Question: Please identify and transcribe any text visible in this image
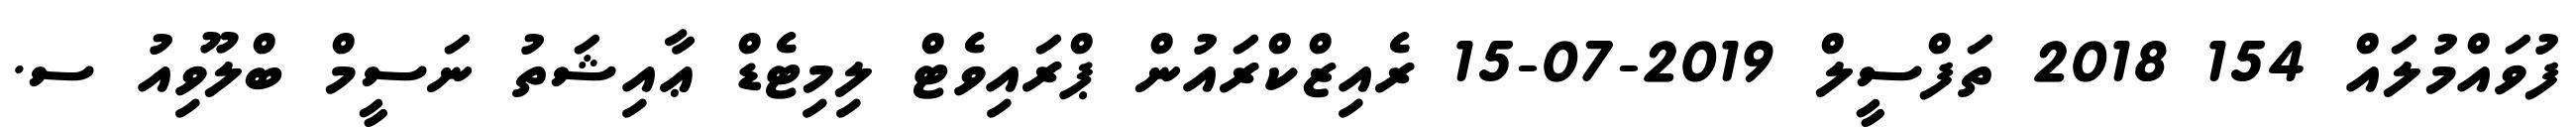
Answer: ފުވައްމުލައް 154 2018 ތަފްސީލް 2019-07-15 ރެއިޒްކްރައުން ޕްރައިވެޓް ލިމިޓެޑް ޢާއިޝަތު ނަސީމް ބްލޫވިއު ސ.